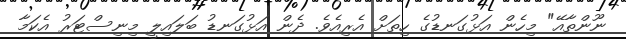
ނޫންތާއޭ" މިހެން އަޅުގަނޑުގެ ހިތަށް އެރިއެވެ. ދެން އަޅުގަނޑު ބަލައިލީ މިނިސްޓަރު އެކަމާ